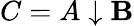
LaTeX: C=A\downarrow\mathbf{B}